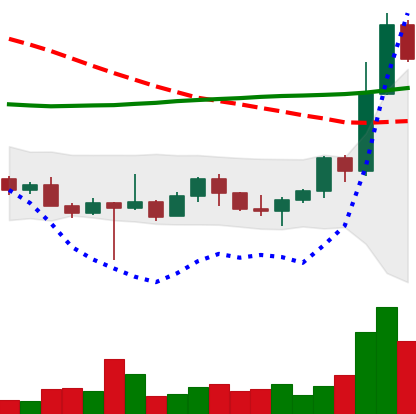
Ticker: ETH-USD
Chart end date: 2022-10-27
Forward return: 4.314%
Label: up_3_5